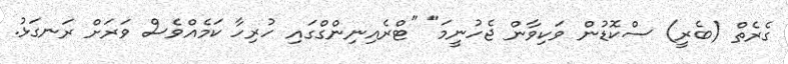
ގެރެތް (ބެރީ) ސްކޮޑުން ވަކިވާން ޖެހުނީމަ" "ޓްރެއިނިންގްގައި ހުރިހާ ކަމެއްވެސް ވަރަށް ރަނގަޅު.